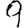
Digit: 9